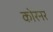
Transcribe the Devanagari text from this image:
कोरनर